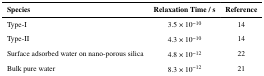
<table><thead><tr><td><b>Species</b></td><td><b>Relaxation Time / s</b></td><td><b>Reference</b></td></tr></thead><tbody><tr><td>Type-I</td><td>3.5 × 10<sup>−10</sup></td><td>14</td></tr><tr><td>Type-II</td><td>4.3 × 10<sup>−10</sup></td><td>14</td></tr><tr><td>Surface adsorbed water on nano-porous silica</td><td>4.8 × 10<sup>−12</sup></td><td>22</td></tr><tr><td>Bulk pure water</td><td>8.3 × 10<sup>−12</sup></td><td>21</td></tr></tbody></table>